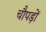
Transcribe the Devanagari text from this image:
चौपड़ों